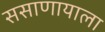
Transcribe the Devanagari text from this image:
ससाणायाला